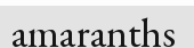
amaranths